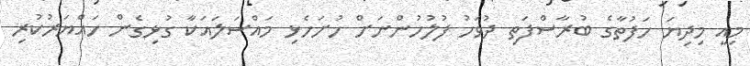
މިއީ މިދިޔަ ހަފުތާގެ ބުރާސްފަތި ދުވަހު ފުލުހުންނަށް ހުށަހެޅި މައްސަލައަކާ ގުޅިގެން ހައްޔަރުކުރި